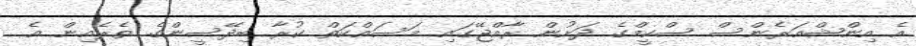
އެ އިންޝްއަރެންސް ސްކީމްގެ ދަށުން ރާއްޖޭގައި މަސައްކަތް ކުރާ ބިދޭސީންގެ ތެރެއިން އެ